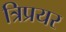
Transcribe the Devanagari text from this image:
त्रिप्रयर